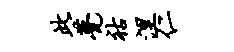
此甍祜涅仁